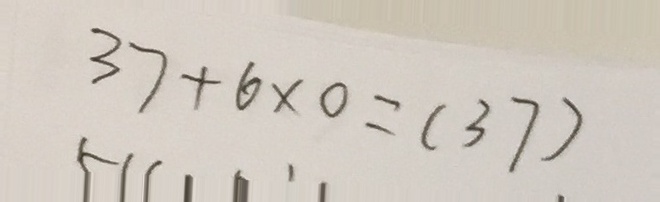
3 7 + 6 \times 0 = ( 3 7 )